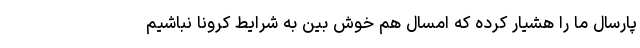
پارسال ما را هشیار کرده که امسال هم خوش بین به شرایط کرونا نباشیم